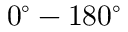
0 ^ { \circ } - 1 8 0 ^ { \circ }